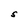
Character: S